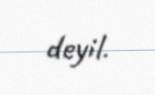
deyil.